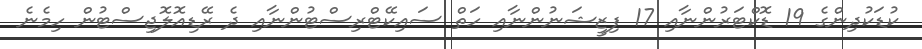
ކުޑަކުދިންގެ 19 ޑޮކްޓަރުންނާއި 17 ފިޒީޝަނުންނާއި ހަތް ސައިކޭޓްރިސްޓުންނާއި ދެ ރޭޑިއޮލޮޖިސްޓުން ހިމެނެ